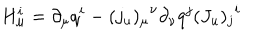
H _ { \mu } ^ { i } = \partial _ { \mu } q ^ { i } - { ( j _ { u } ) _ { \mu } } ^ { \nu } \partial _ { \nu } q ^ { j } { ( J _ { u } ) _ { j } } ^ { i }